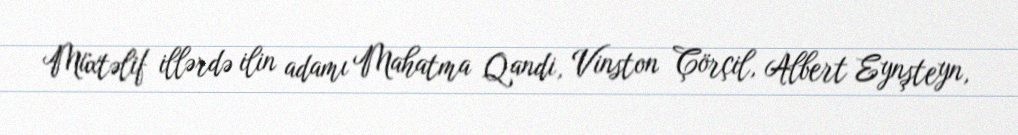
Müxtəlif illərdə ilin adamı Mahatma Qandi, Vinston Çörçil, Albert Eynşteyn,